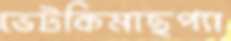
ভেটকিমাছপ্যা